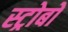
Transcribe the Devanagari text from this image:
स्ट्रोबों